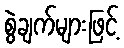
စွဲချက်များဖြင့်